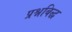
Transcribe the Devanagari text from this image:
प्रश्नबिद्ध